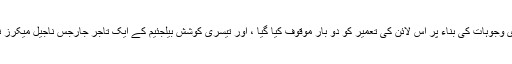
اقتصادی وجوہات کی بناء پر اس لائن کی تعمیر کو دو بار موقوف کیا گیا ، اور تیسری کوشش بیلجئیم کے ایک تاجر جارجس ناجیل میکرز نے کی۔